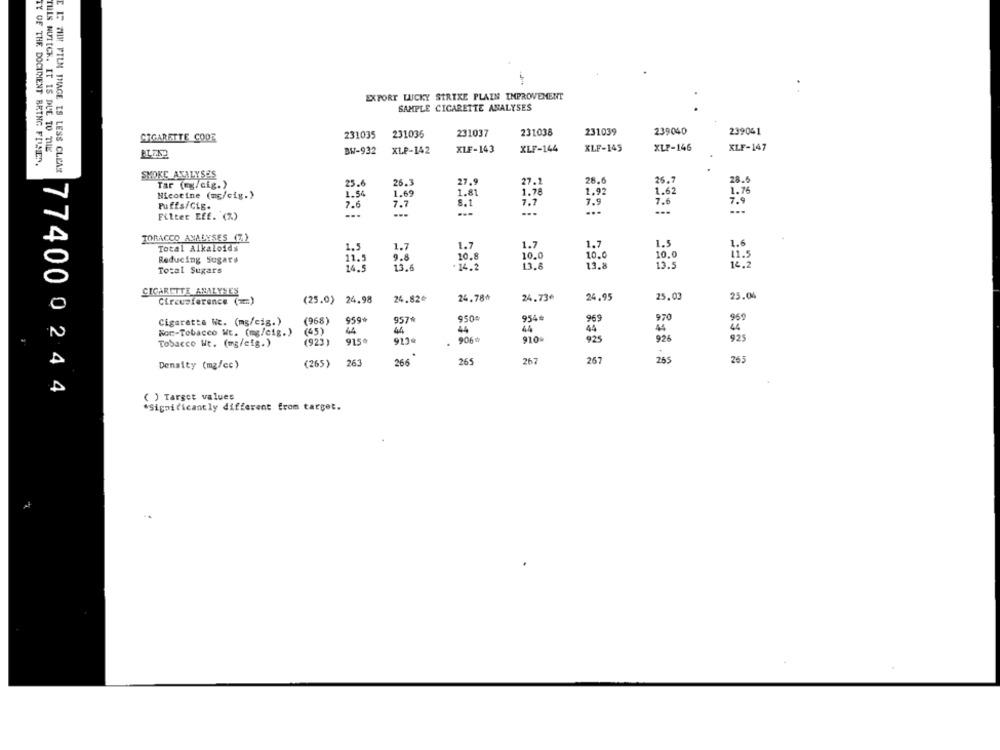
EXPORT LUCKY STRIKE PLAIN IMPROVEMENT
SAMPLE CIGARETTE ANALYSES
231035
231036
231037
231038
231039
239040
239041
CIGARETTE CODE
THIS NUTECK. IT IS DUE TO THE
BW-932
XLP-142
XLF-143
XLF-144
KLF-145
XLP-146
KLF-147
TY OF THE DOCUMENT BRING FILMEN.
E I TIM FILM THAGE IS LESS CLEAR
SMOKE ANALYSES
27.9
27.1
26.6
26.7
28.6
Tar (eg/cig.)
25.6
26.3
Nicotine (mg/cig.)
1.54
1.81
1.78
1,92
1.62
1.76
7.6
1.69
8.1
7.7
7.9
7.6
7.9
Puffs/Cig.
7.7
...
...
...
...
Filter Eff. (%)
--.
TOBACCO ANALYSES (Z)
Total Alkaloids
1.7
1.7
1.7
1.5
1.6
1.7
10.8
10.0
10.0
10.0
11.5
Reducing Sugars
11.5
9.8
Total Sugars
14.5
13.6
14.2
13.6
13.8
13.5
16.2
CIGARETTE ANALYSES
Circumference ( == )
(25.0) 24.98
24.82₺
24.78₺
24.73€
24.95
25.03
25.04
970
Cigarette Nt. (mg/cig.)
(968)
9594
957*
950%
954
969
959
(45)
4.4
44
44
44
44
44
Non-Tobacco WE. (mg/cig.)
906%
926
925
Tobacco Wt. (mg/cig.)
(923)
915ª
9179
910
925
265
267
267
265
265
Density (mg/cc)
(265)
263
266
774000244
( ) Target values
"Significantly different from target.